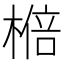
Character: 𱤆